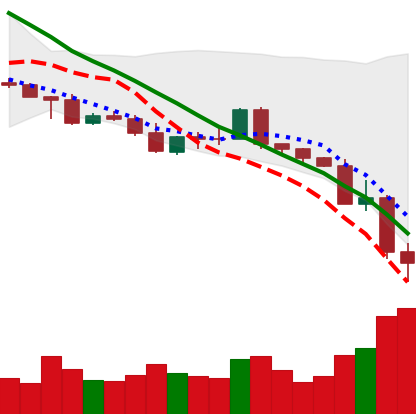
Ticker: NEO-USD
Chart end date: 2022-05-12
Forward return: 12.333%
Label: up_7plus